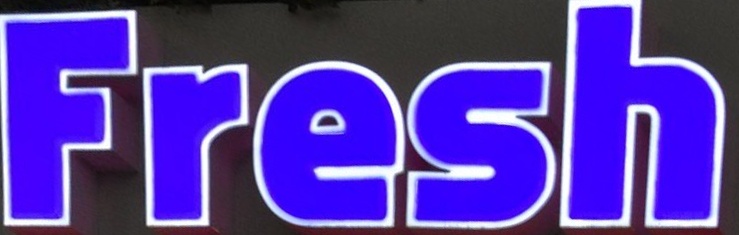
Fresh